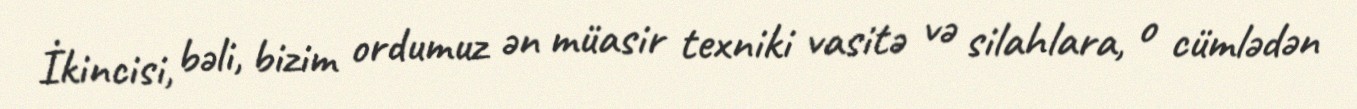
İkincisi, bəli, bizim ordumuz ən müasir texniki vasitə və silahlara, o cümlədən